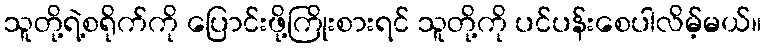
သူတို့ရဲ့စရိုက်ကို ပြောင်းဖို့ကြိုးစားရင် သူတို့ကို ပင်ပန်းစေပါလိမ့်မယ်။